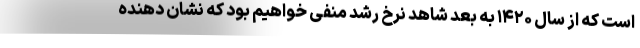
است که از سال ۱۴۲۰ به بعد شاهد نرخ رشد منفی خواهیم بود که نشان دهنده